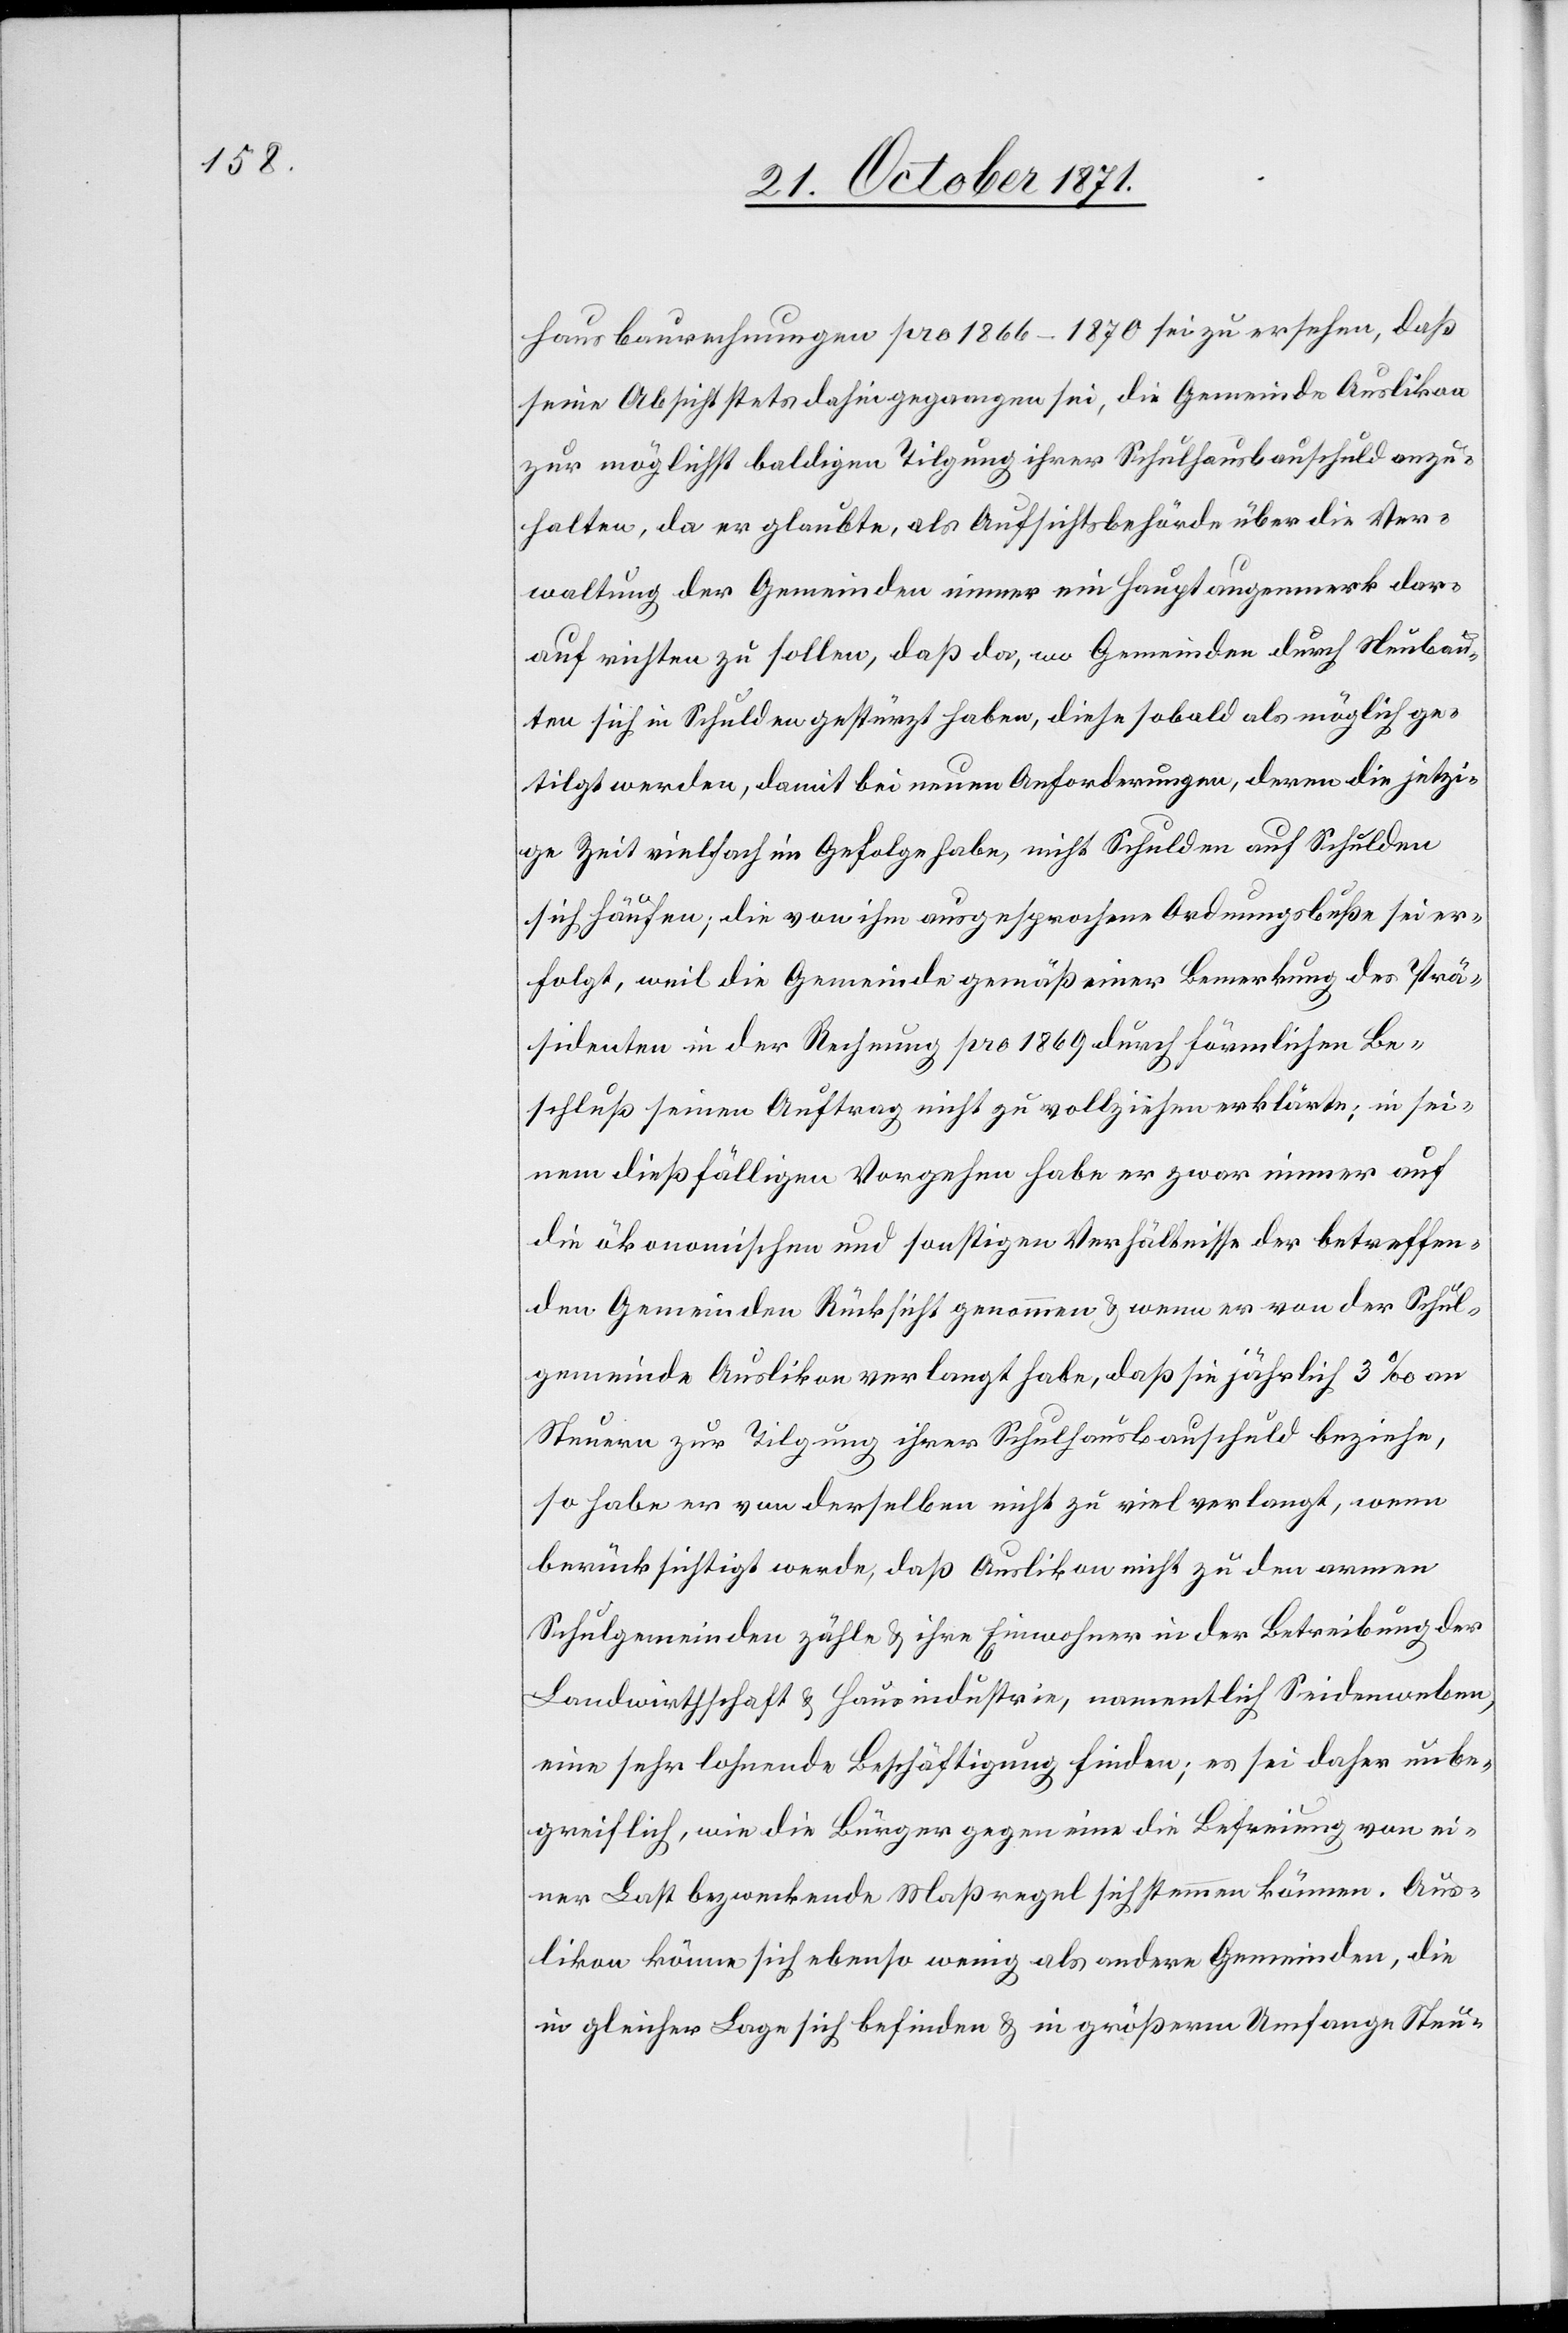
hausbaurechnungen pro 1866–1870 sei zu ersehen, daß
seine Absicht stets dahingegangen sei, die Gemeinde Auslikon
zur möglichst baldigen Tilgung ihrer Schulhausbauschuld anzu¬
halten, da er glaubte, als Aufsichtsbehörde über die Ver¬
waltung der Gemeinden immer ein Hauptaugenmerk dar¬
auf richten zu sollen, daß da, wo Gemeinden durch Neubau¬
ten sich in Schulden gestürzt haben, diese sobald als möglich ge¬
tilgt werden, damit bei neuen Anforderungen, deren die jetzi¬
ge Zeit vielfach im Gefolge habe, nicht Schulden auf Schulden
sich häufen; die von ihm ausgesprochene Ordnungsbuße sei er¬
folgt, weil die Gemeinde gemäß einer Bemerkung des Prä¬
sidenten in der Rechnung pro 1869 durch förmlichen Be¬
schluß seinen Auftrag nicht zu vollziehen erklärte; in sei¬
nem dießfälligen Vorgehen habe er zwar immer auf
die ökonomischen und sonstigen Verhältnisse der betreffen¬
den Gemeinden Rücksicht genommen & wenn er von der Schul¬
gemeinde Auslikon verlangt habe, daß sie jährlich 3‰ an
Steuern zur Tilgung ihrer Schulhausbauschuld beziehe,
so habe er von derselben nicht zu viel verlangt, wenn
berücksichtigt werde, daß Auslikon nicht zu den armen
Schulgemeinden zähle & ihre Einwohner in der Betreibung der
Landwirthschaft & Hausindustrie, namentlich Seidenweben,
eine sehr lohnende Beschäftigung finden; es sei daher unbe¬
greiflich, wie die Bürger gegen eine die Befreiung von ei¬
ner Last bezweckende Maßregel sich stemmen können. Aus¬
likon könne sich ebenso wenig als andere Gemeinden, die
in gleicher Lage sich befinden & in größerm Umfange Steu-